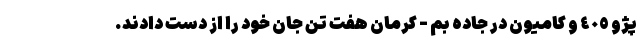
پژو ٤٠٥ و کامیون در جاده بم - کرمان هفت تن جان خود را از دست دادند.